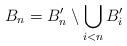
LaTeX: \begin{align*} B_n=B^\prime_n\setminus\bigcup_{i<n}B^\prime_i\end{align*}